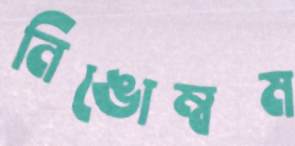
নিঙোম্বম